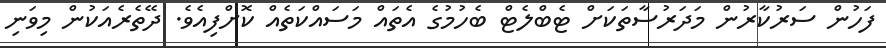
ފަހުން ސަރުކާރުން މަދަރުސާތަކަށް ޓެބްލެޓް ބެހުމުގެ އެތައް މަސައްކަތެއް ކޮށްފިއެވެ. ދޭތެރެއަކުން މިވަނި